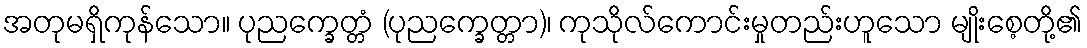
အတုမရှိကုန်သော။ ပုညက္ခေတ္တံ (ပုညက္ခေတ္တာ)၊ ကုသိုလ်ကောင်းမှုတည်းဟူသော မျိုးစေ့တို့၏